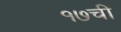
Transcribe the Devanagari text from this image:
१७ची